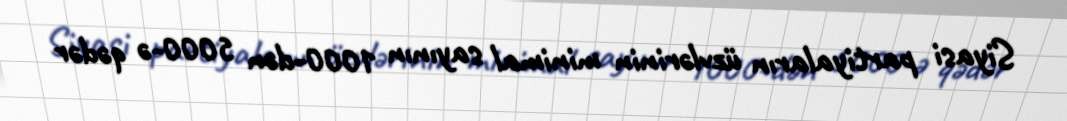
Siyasi partiyaların üzvlərinin minimal sayının 1000-dən 5000-ə qədər